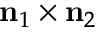
\mathbf { n } _ { 1 } \times \mathbf { n } _ { 2 }